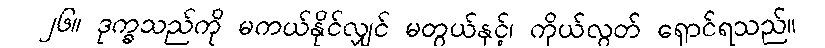
၂၆။ ဒုက္ခသည်ကို မကယ်နိုင်လျှင် မတွယ်နှင့်၊ ကိုယ်လွတ် ရှောင်ရသည်။